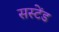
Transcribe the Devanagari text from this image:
सस्टेंड